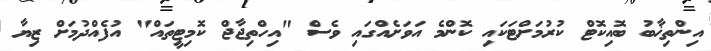
އިންތިޚާބު ބޮއިކޮޓް ކުރުމަށްޓަކައި ކޮންމެ އަވަށެއްގައި ވެސް "އިހްތިޖާޖް ކޮމިޓީތައް" އުފެއްދުމަށް ޒިޔާ